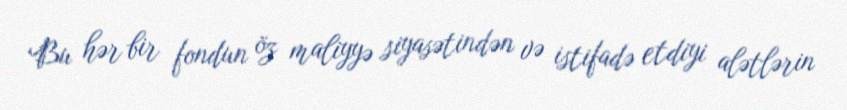
Bu hər bir fondun öz maliyyə siyasətindən və istifadə etdiyi alətlərin